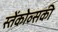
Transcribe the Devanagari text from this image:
स्तेंकोव्सकी